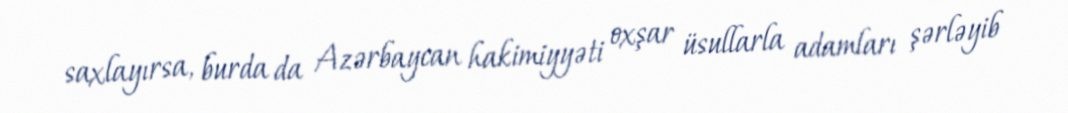
saxlayırsa, burda da Azərbaycan hakimiyyəti oxşar üsullarla adamları şərləyib